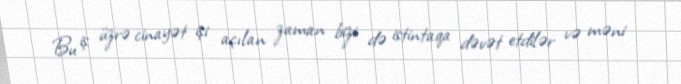
Bu iş üzrə cinayət işi açılan zaman bizi də istintaqa dəvət etdilər və məni